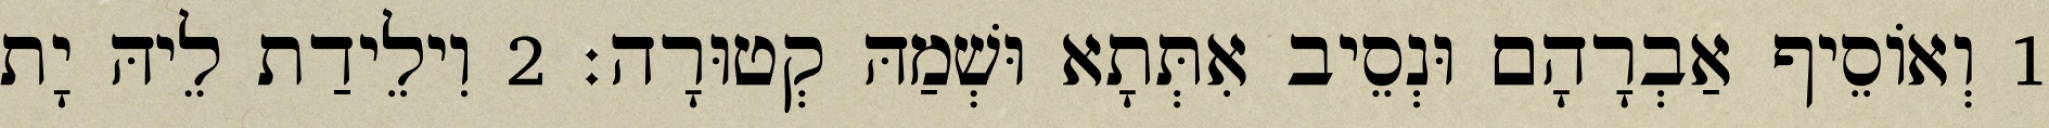
1 וְאוֹסֵיף אַבְרָהָם וּנְסֵיב אִתְּתָא וּשְׁמַהּ קְטוּרָה׃ 2 וִילֵידַת לֵיהּ יָת